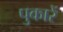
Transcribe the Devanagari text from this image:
पुकारें